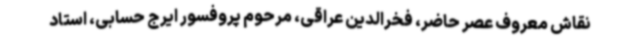
نقاش معروف عصر حاضر، فخرالدین عراقی، مرحوم پروفسور ایرج حسابی، استاد